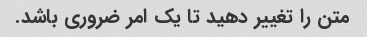
متن را تغییر دهید تا یک امر ضروری باشد.